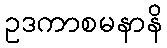
ဥဒကာစမနာနိ